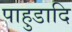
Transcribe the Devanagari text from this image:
पाहुडादि